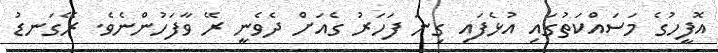
އޮފީހުގެ މަސައްކަތުގައި އުޅެފައި ގިނަ ފަހަރު ގެއަށް ދެވެނީ ރޭ ވާފަހުންނެވެ. ރޭގަނޑު